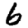
Digit: 6